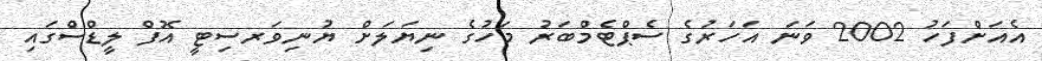
އެއަށްފަހު 2002 ވަނަ އަހަރުގެ ސެޕްޓެމްބަރު މަހުގެ ނިޔަލަށް ޔުނިވަރސިޓީ އޮފް ލީޑްސްގައި